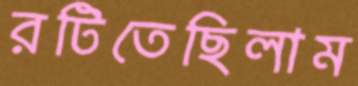
রটিতেছিলাম